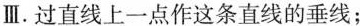
Ⅲ.过直线上一点作这条直线的垂线；